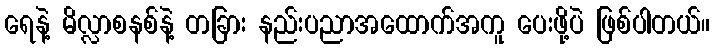
ရေနဲ့ မိလ္လာစနစ်နဲ့ တခြား နည်းပညာအထောက်အကူ ပေးဖို့ပဲ ဖြစ်ပါတယ်။